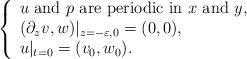
LaTeX: \begin{align*}\left\{\begin{array}{l}u~\textrm{and}~p~\textrm{are}~\textrm{periodic}~\textrm{in}~x~\textrm{and}~y,\\(\partial_zv,w)|_{z=-\varepsilon,0}=(0,0),\\u|_{t=0}=(v_0,w_0).\end{array}\right.\end{align*}